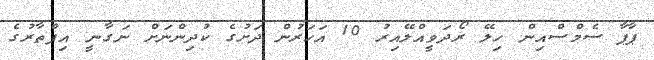
ޕާޕާ ސެމްސްއިން ހިލޭ ރޯދަވީއްލޭއިރު 10 އަހަރުން ދަށުގެ ކުދިންނަށް ނަގާނީ އިފްތާރުގެ